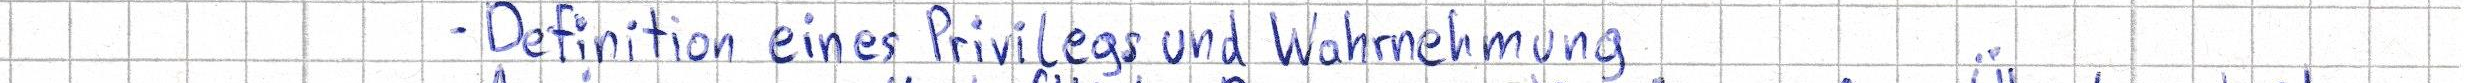
- Definition eines Privilegs und Wahrnehmung